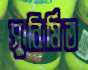
সুনির্মিত